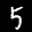
Label: 5